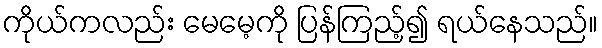
ကိုယ်ကလည်း မေမေ့ကို ပြန်ကြည့်၍ ရယ်နေသည်။